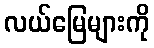
လယ်မြေများကို